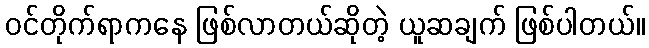
ဝင်တိုက်ရာကနေ ဖြစ်လာတယ်ဆိုတဲ့ ယူဆချက် ဖြစ်ပါတယ်။